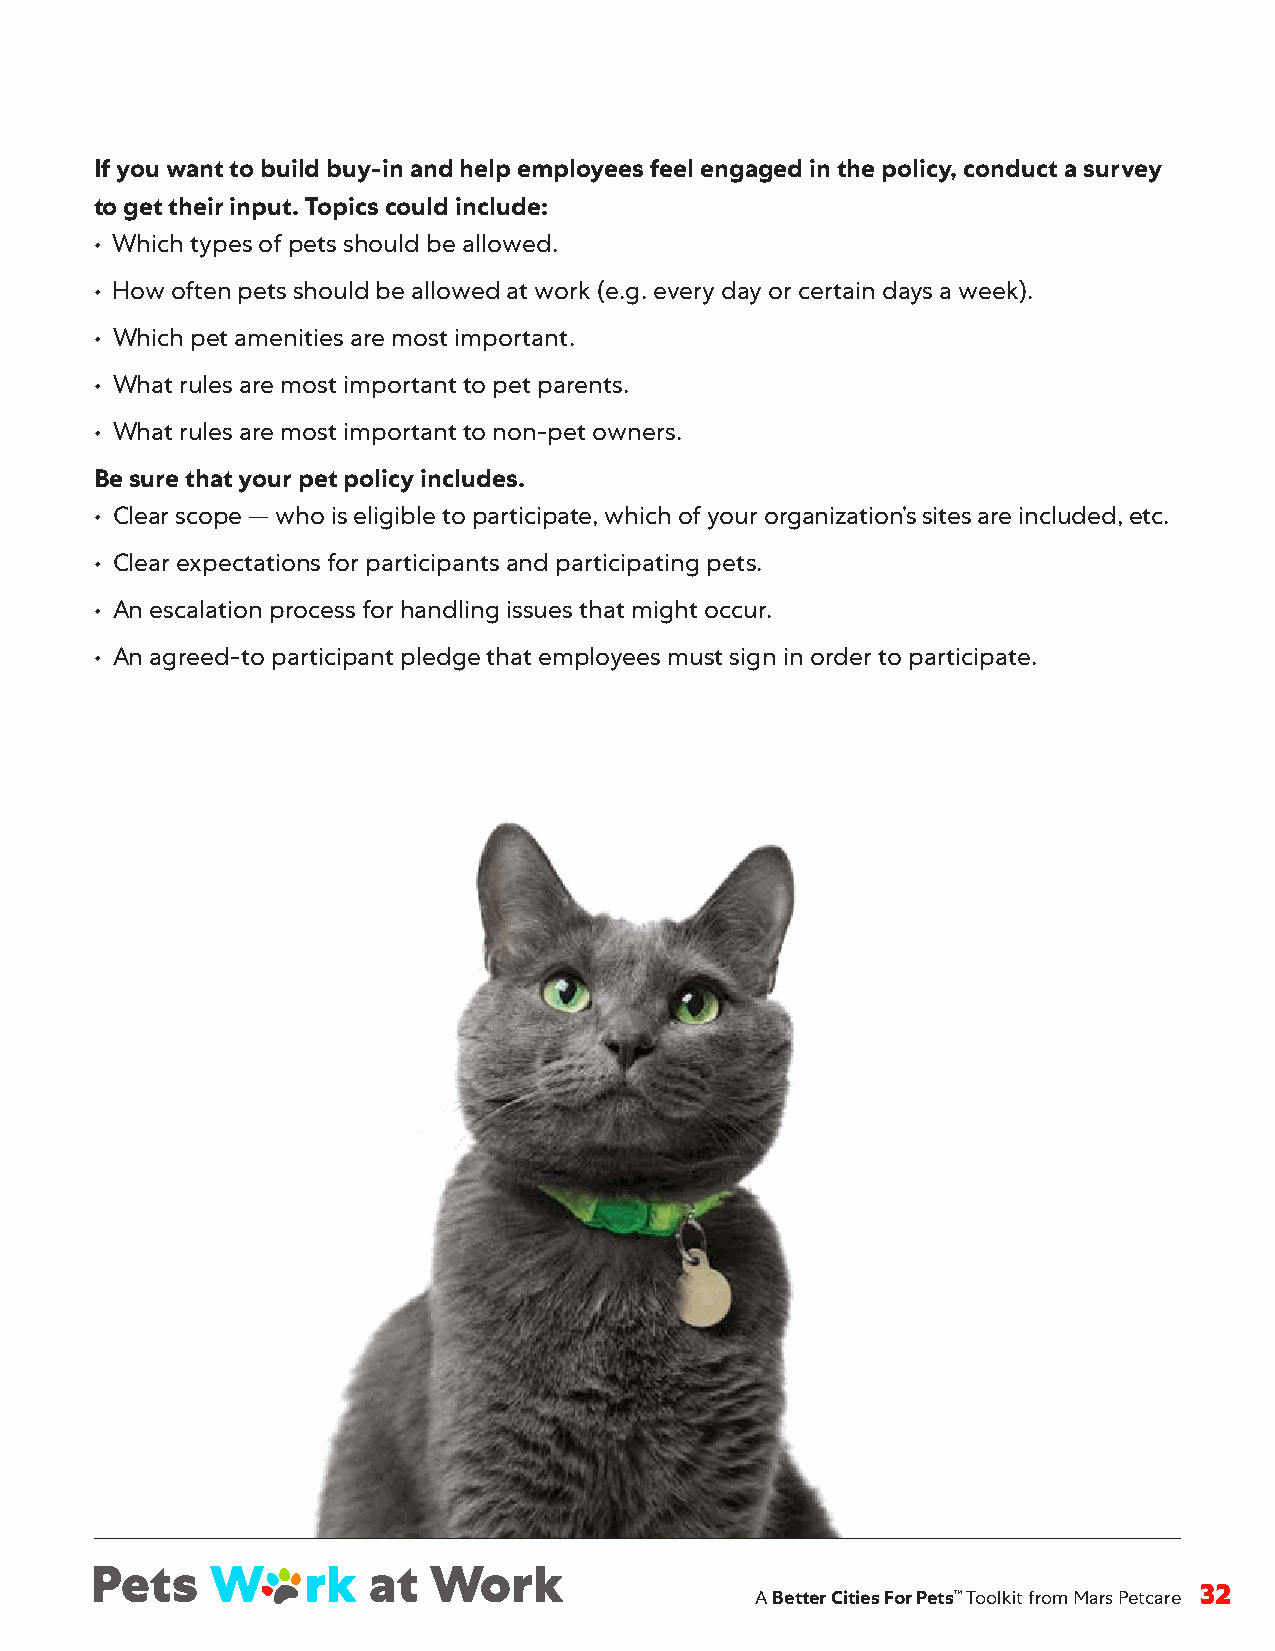
If you want to build buy-in and help employees feel engaged in the policy, conduct a survey
 to get their input. Topics could include:
 • Which types of pets should be allowed .
 • How often pets should be allowed at work (e .g . every day or certain days a week) .
 • Which pet amenities are most important .
 • What rules are most important to pet parents .
 • What rules are most important to non-pet owners .
 Be sure that your pet policy includes.
 • Clear scope — who is eligible to participate, which of your organization’s sites are included, etc .
 • Clear expectations for participants and participating pets .
 • An escalation process for handling issues that might occur .
 • An agreed-to participant pledge that employees must sign in order to participate .
 A Better Cities For Pets™ Toolkit from Mars Petcare 32